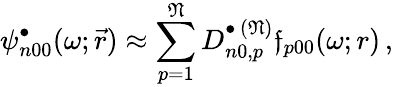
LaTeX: \psi_{n00}^{\bullet}(\omega;\vec{r})\approx\sum_{p=1}^{\mathfrak{N}}D_{n0,p}^{\bullet\, (\mathfrak{N})}\mathfrak{f}_{p00}(\omega;r)\, ,